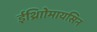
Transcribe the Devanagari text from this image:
ईथ्राोिमायसिन